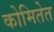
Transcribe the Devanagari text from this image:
कोमितेत